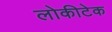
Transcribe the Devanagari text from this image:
लोकीटेक